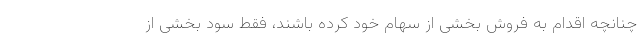
چنانچه اقدام به فروش بخشی از سهام خود کرده باشند، فقط سود بخشی از